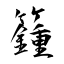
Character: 籦